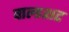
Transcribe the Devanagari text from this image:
वाल्डशट